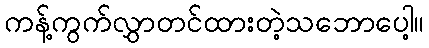
ကန့်ကွက်လွှာတင်ထားတဲ့သဘောပေါ့။